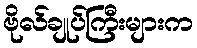
ဗိုလ်ချုပ်ကြီးများက